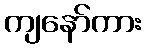
ကျနော်ကား